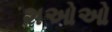
શઓઓ